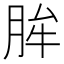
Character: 䏬